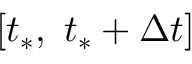
\left[ { { t } _ { * } } , \ { { t } _ { * } } + \Delta t \right]